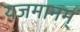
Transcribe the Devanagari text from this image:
यजमानम्‌